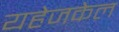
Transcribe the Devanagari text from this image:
यहेजकेल